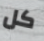
كل